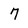
Character: 7